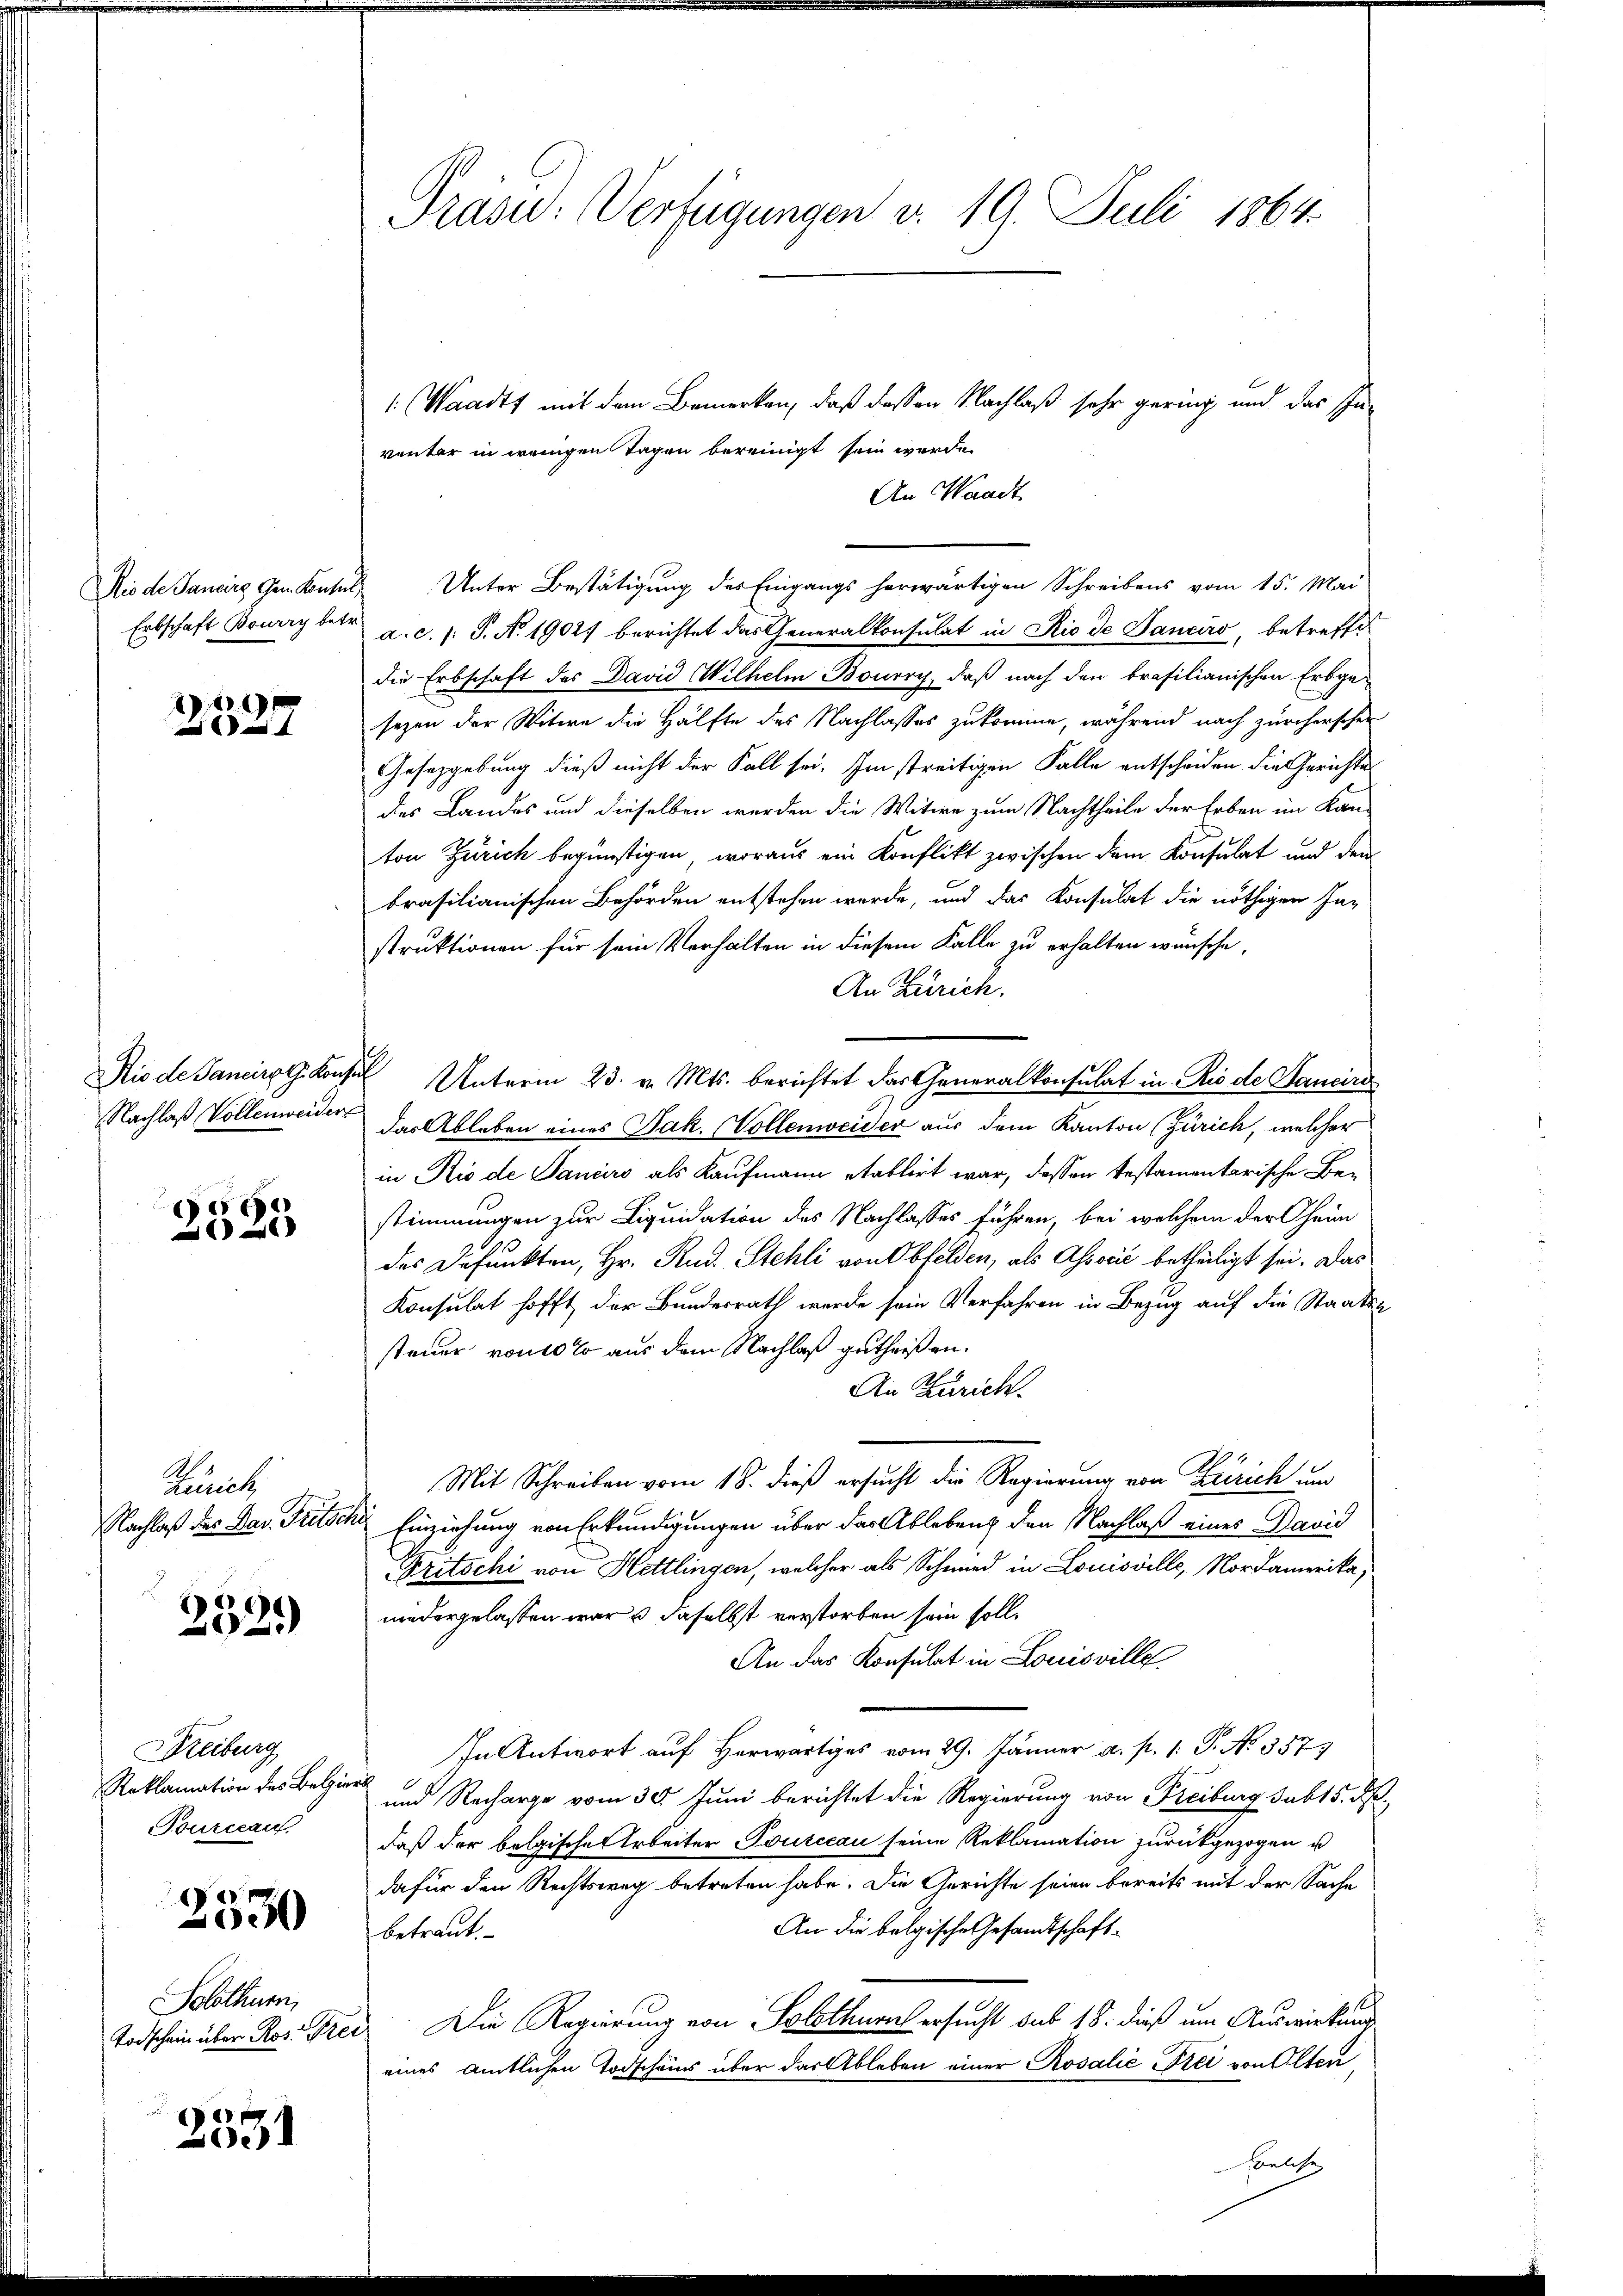
Erbschaft Bourry betr.

12.19
4

e

Zürich,
Nachlaß des Dav. Fritze

232.)

Reiburg
Reklamation des Belge
Fourceau.

2530

Solothurn,

2531

Präsid. Verfügungen v. 19. Juli 1864.

1 (Waadt mit dem Bemerken, daß dessen Nachlaß sehr gering und das In-
ventar in wenigen Tagen bereinigt sein werde.
An Waadt
Rio de Sancire Gem. Konsul Unter Bestätigung des Eingangs herwärtigen Schreibens vom 15. Mai
a.c. (: P. N. 1902) berichtet das Generalkonsulat in Rio de Tanciro, betreffe
die Erbschaft des David Wilhelm Bourry, daß nach den brasilianischen Erbge-
sezen der Witwe die Hälfte des Nachlasses zukomme, während nach zürcherschen
Gesetzgebung dieß nicht der Fall sei. Im streitigen Falle entscheiden die Gerichte
des Landes und dieselben werden die Witwe zum Nachtheile der Erben im Kan-
ton Zürich begünstigen, woraus ein Konflikt zwischen dem Konsulat und den
brasilianischen Behörden entstehen werde, und das Konsulat die nöthigen In-
struktionen für sein Verhalten in diesem Falle zu erhalten wünsche,
An Zürich.
Rio de Sancirg Konsul Unterm 23. v. Mts. berichtet das Generalkonsulat in Rio de Sancire
Nachlaβ Vollenweider das Ableben eines Jak. Vollenweider aus dem Kanton (Zürich, welcher
in Rio de Panciers als Kaufmann etablirt war, dessen testamentarische Bestimmungen zur Liquidation des Nachlasses führen, bei welchem der Oheim
des Defunkten, Hr. Rud. Stehli von Obfelden, als Associć betheiligt sei. Das
Konsulat hofft der Bundesrath werde sein Verfahren in Bezug auf die Staatsa
steuer von 10 % aus dem Nachlaß gutheißen.
An Zürich.
Mit Schreiben vom 18. dieß ersucht die Regierung von Zürich und
ke Einziehung von Erkundigungen über das Ablebens den Nachlaß eines David
Britschi von Hettlingen, welcher als Schmied in Louisville, Nordamerika,
niedergelassen war u. daselbst verstorben sein soll.
An das Konsulat in Louisville
In Antwort auf Herwärtiges vom 29. Jänner a. p. 1. P. No 357
l
und Recharge vom 30. Juni berichtet die Regierung von Freiburg subt 5. F
daß der bolgische Arbeiter Jourceau seine Reklamation zurückgezogen u
dafür den Rechtsweg betreten habe. Die Gerichte seien bereits mit der Sache
An die belgische Gesandtschaftbetraut.
Todschein über Ros. Grei. Die Regierung von Solothurn ersucht sub 18. dieß um Auswirkung
eines Amtlichen Todscheins über das Ableben einer Rosalie Frei von Alten,
welche